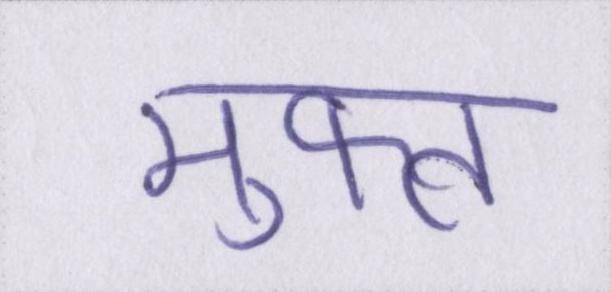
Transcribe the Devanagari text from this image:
मुफ्त